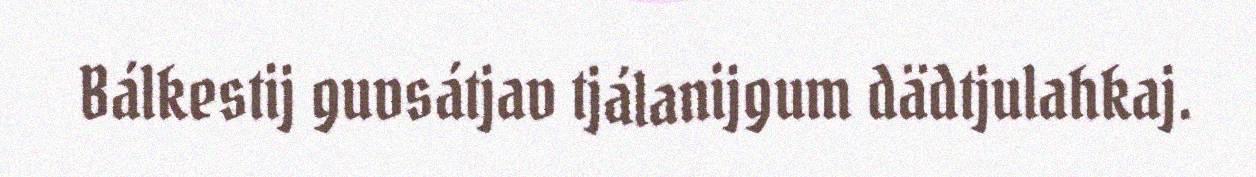
Bálkestij guvsátjav tjálanijgum dädtjulahkaj.